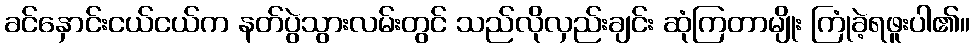
ခင်နှောင်းငယ်ငယ်က နတ်ပွဲသွားလမ်းတွင် သည်လိုလှည်းချင်း ဆုံကြတာမျိုး ကြုံခဲ့ရဖူးပါ၏။